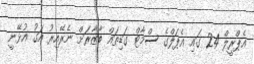
އެޕްރީލް 24 ގައި އެޕަލްގެ ސްމާޓް ގަޑިތައް ބާޒާރަށް ނެރޭއިރު އަގު އުޅޭނީ